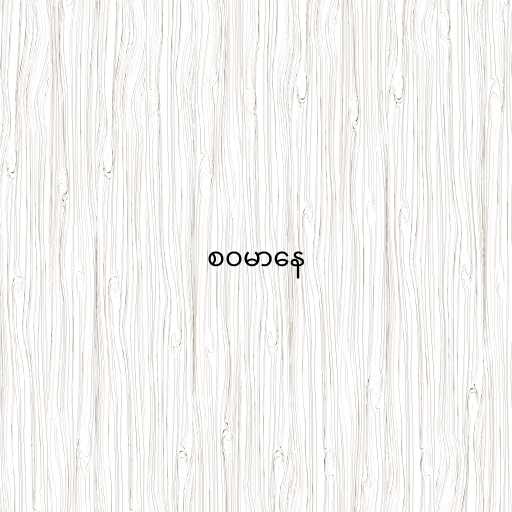
စဝမာနေ